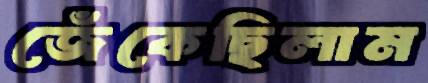
জেঁকেছিলাম